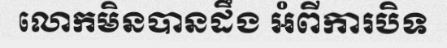
លោកមិនបានដឹង អំពីការបិទ